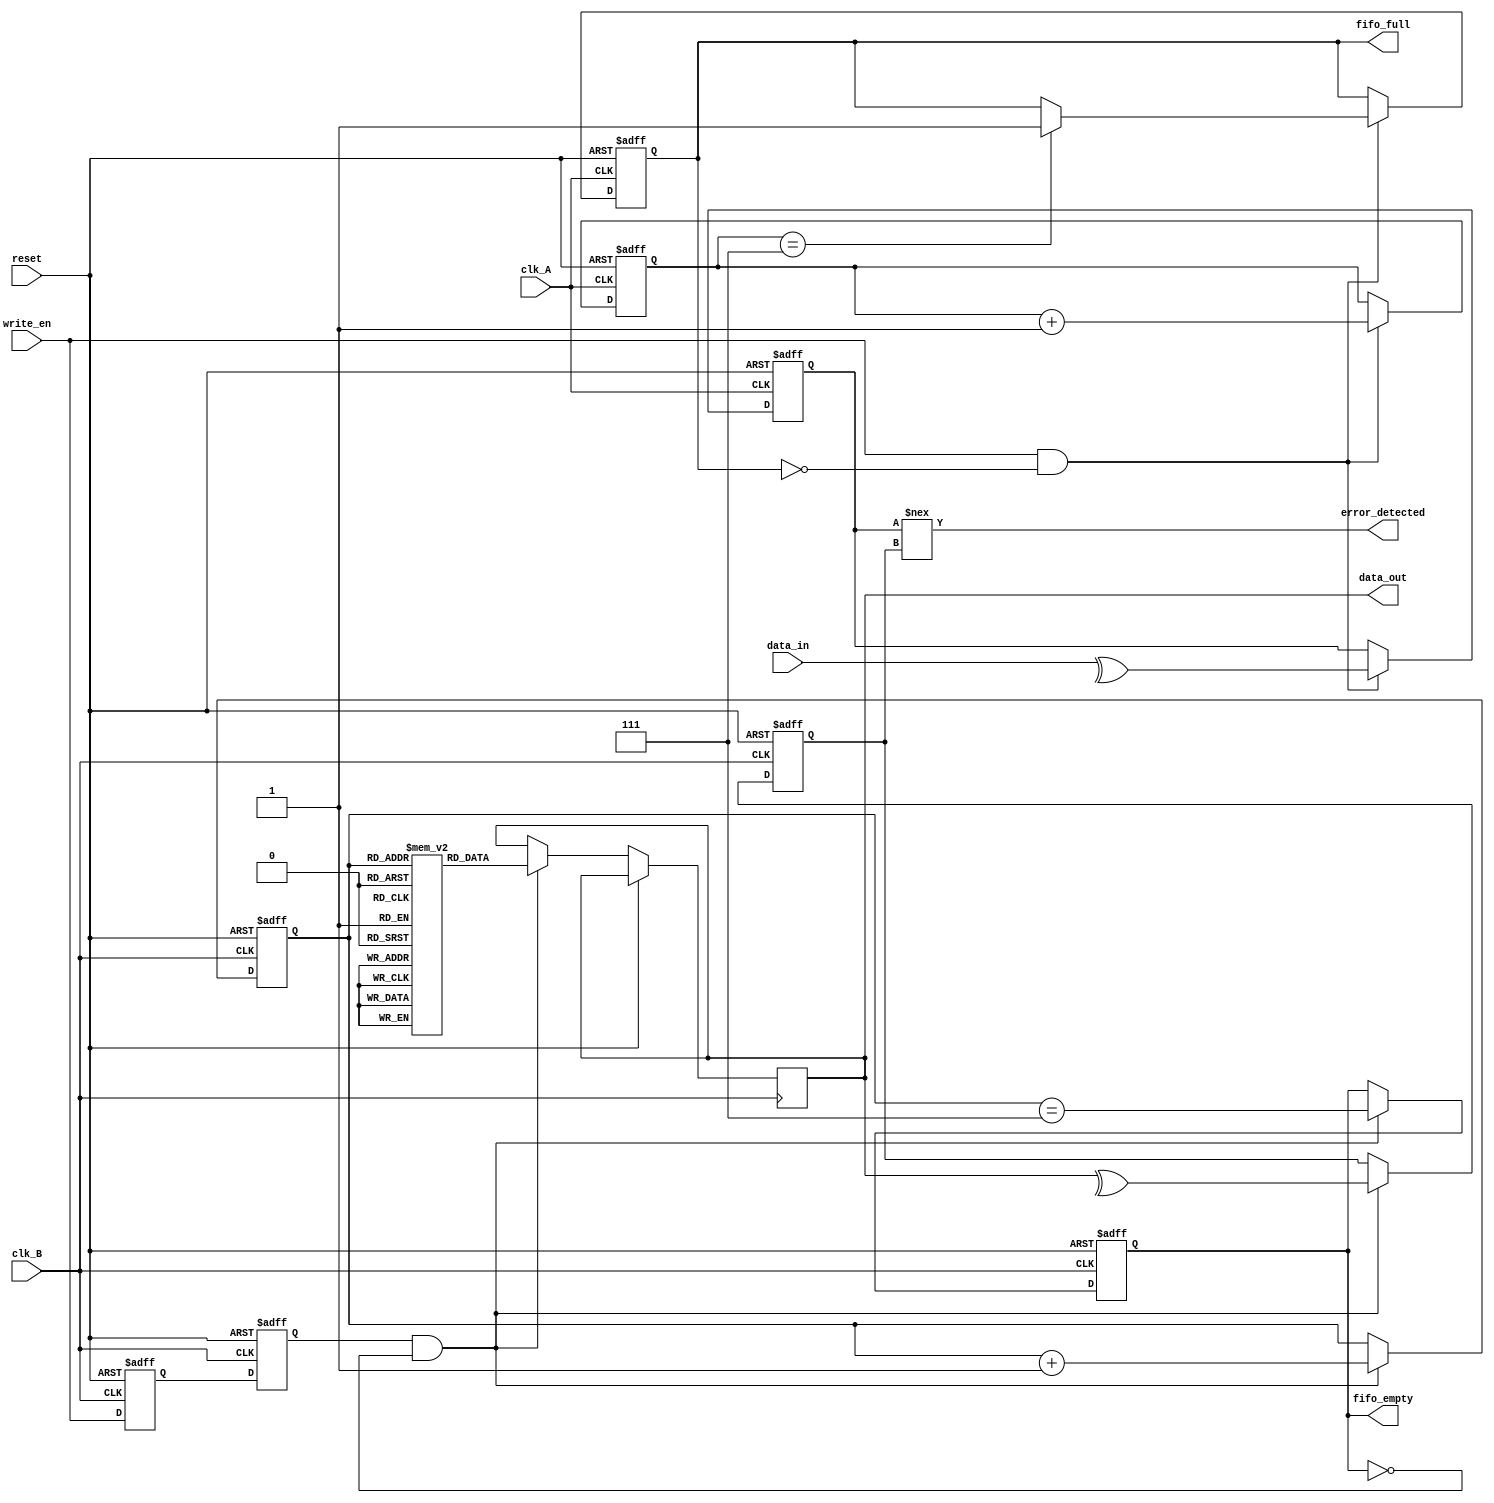
module MemoryBlocksCDC (
    input  wire        clk_A,               // Source Clock Domain
    input  wire        clk_B,               // Destination Clock Domain
    input  wire        reset,               // Reset Signal
    input  wire        write_en,            // Write Enable in Clock_A
    input  wire [7:0] data_in,             // Data Input from Clock_A
    output wire       fifo_full,            // FIFO Full indication in Clock_A
    output wire       fifo_empty,           // FIFO Empty indication in Clock_B
    output wire       error_detected,       // Error Detected Signal
    output wire [7:0] data_out              // Data Output in Clock_B
);

// FIFO Implementation for Clock_A
reg [7:0] fifo_A [0:7];  // 8x8 FIFO (for example)
reg [2:0] write_ptr_A, read_ptr_A;
reg fifo_empty_A, fifo_full_A;

// FIFO Writing Logic in Clock_A
always @(posedge clk_A or posedge reset) begin
    if (reset) begin
        write_ptr_A <= 3'b0;
        fifo_full_A <= 1'b0;
        fifo_empty_A <= 1'b1;
    end else if (write_en && !fifo_full_A) begin
        fifo_A[write_ptr_A] <= data_in;
        write_ptr_A <= write_ptr_A + 1;
        fifo_empty_A <= 1'b0;
        if (write_ptr_A == 7) fifo_full_A <= 1'b1; // FIFO becomes full
    end
end

// Synchronizer to send write signal to Clock_B
reg write_sync_1, write_sync_2;
always @(posedge clk_B or posedge reset) begin
    if (reset) begin
        write_sync_1 <= 1'b0;
        write_sync_2 <= 1'b0;
    end else begin
        write_sync_1 <= write_en;
        write_sync_2 <= write_sync_1; // 2 Flip-Flops for synchronization
    end
end

// FIFO Implementation for Clock_B
reg [7:0] fifo_B [0:7];
reg [2:0] read_ptr_B;
reg fifo_empty_B, fifo_full_B;

always @(posedge clk_B or posedge reset) begin
    if (reset) begin
        read_ptr_B <= 3'b0;
        fifo_empty_B <= 1'b1;
        fifo_full_B <= 1'b0;
    end else if (write_sync_2 && !fifo_empty_B) begin
        data_out <= fifo_B[read_ptr_B];
        read_ptr_B <= read_ptr_B + 1;
        fifo_empty_B <= (read_ptr_B == 7); // Update empty status
        fifo_full_B <= 1'b0; // Reset full status on read
    end
end

// Error Detection Mechanism (Parity Check)
reg parity_bit_A;
reg parity_bit_B;

always @(posedge clk_A or posedge reset) begin
    if (reset) begin
        parity_bit_A <= 1'b0;
    end else if (write_en && !fifo_full_A) begin
        parity_bit_A <= ^data_in; // Calculate parity
    end
end

always @(posedge clk_B or posedge reset) begin
    if (reset) begin
        parity_bit_B <= 1'b0;
    end else if (write_sync_2 && !fifo_empty_B) begin
        parity_bit_B <= ^data_out; // Calculate parity at output
    end
end

// Error Detection Logic
assign error_detected = (parity_bit_A !== parity_bit_B);

// FIFO Status Outputs
assign fifo_full = fifo_full_A;
assign fifo_empty = fifo_empty_B;

endmodule